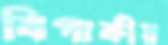
বিপাকীয়